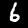
Label: 6